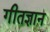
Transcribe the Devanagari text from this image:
गीतज्ञान